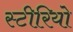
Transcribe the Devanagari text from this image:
स्‍टीरियो